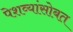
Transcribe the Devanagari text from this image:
पेशव्यांसोबत